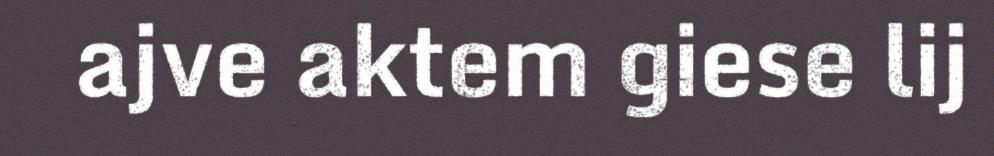
ajve aktem giese lij